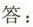
答：